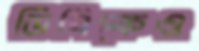
ডিবিকেও